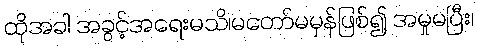
ထိုအခါ အခွင့်အရေးမသိ၊မတော်မမှန်ဖြစ်၍ အမှုမပြီး၊